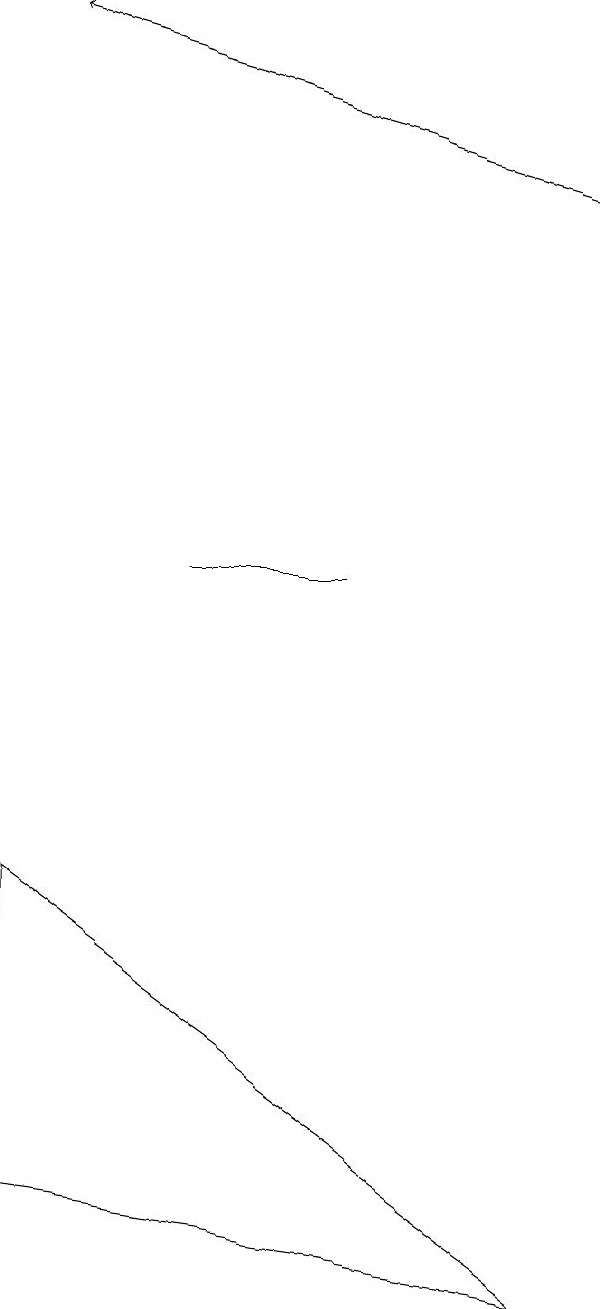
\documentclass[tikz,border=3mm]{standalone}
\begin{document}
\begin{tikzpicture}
\draw[->] (9,15) -- (2,17);
\draw (9,1) -- (2,2) -- (2,6) -- cycle;
\draw (4,10) rectangle (6,10);
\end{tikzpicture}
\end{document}